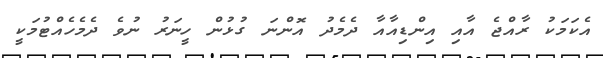
އެކަމަކު ރާއްޖެ އާއި އިންޑިއާއާ ދެމެދު އޮންނަ ގުޅުން ހީނަރު ނުވެ ދެމެހެއްޓުމަކީ